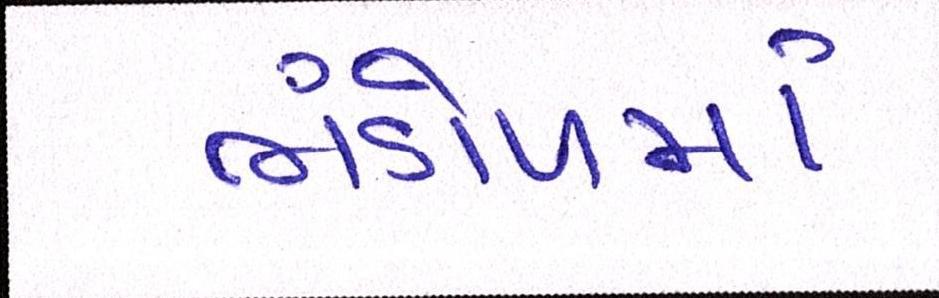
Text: ભંડોળમાં